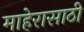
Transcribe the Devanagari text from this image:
माहेरासाठी